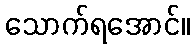
သောက်ရအောင်။